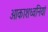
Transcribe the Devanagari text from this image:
आकाशध्वनियां